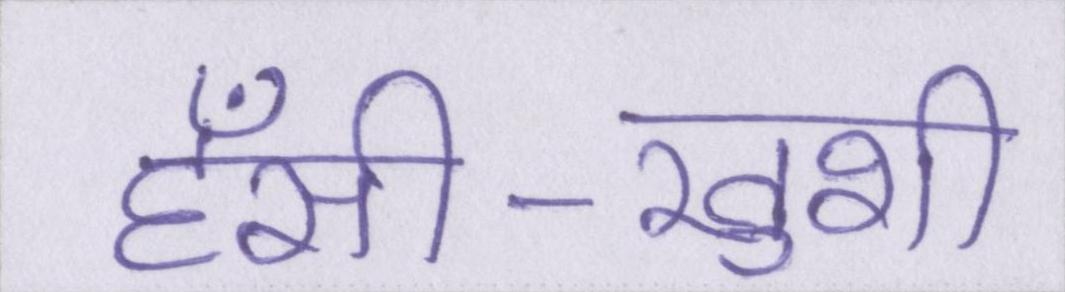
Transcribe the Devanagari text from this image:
हँसी-खुशी